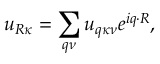
u _ { \boldsymbol { R } \kappa } = \sum _ { \boldsymbol { q } \nu } \boldsymbol { u } _ { \boldsymbol { q } \kappa \nu } e ^ { i \boldsymbol { q } \cdot \boldsymbol { R } } ,